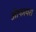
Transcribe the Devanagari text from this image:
ओफायरा